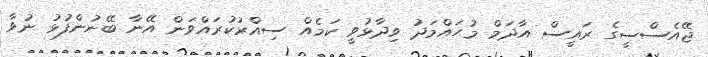
ޖޭއެސްސީގެ ރައީސް އާދަމް މުހައްމަދު ވިދާޅުވީ ކަމެއް ސިއްރުކުރައްވަން އޭނާ ބޭނުންފުޅު ނުވާ